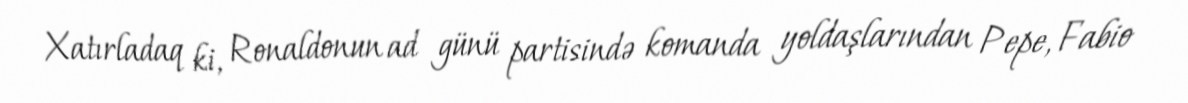
Xatırladaq ki, Ronaldonun ad günü partisində komanda yoldaşlarından Pepe, Fabio